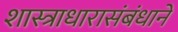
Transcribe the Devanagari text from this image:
शास्त्राधारासंबंधानें